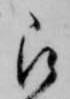
被